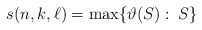
\begin{align*} s(n,k,\ell)=\max\{\vartheta(S):\: S \}\end{align*}